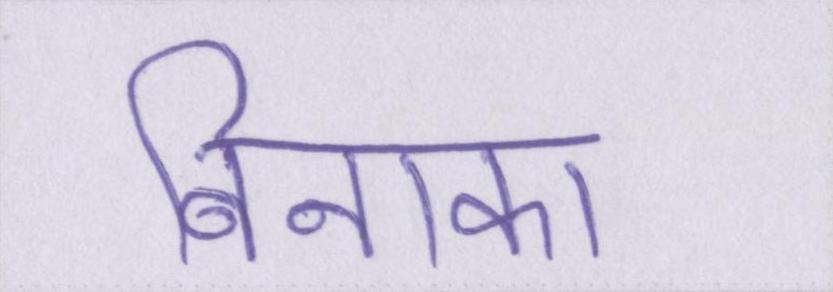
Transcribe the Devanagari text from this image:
बिनाका